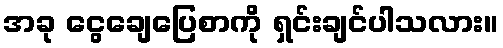
အခု ငွေချေပြေစာကို ရှင်းချင်ပါသလား။